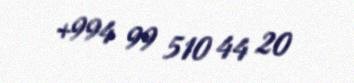
+994 99 510 44 20